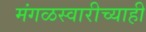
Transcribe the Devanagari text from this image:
मंगळस्वारीच्याही